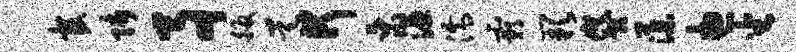
官师事皈昊何乘湿濡霸缺贷藻想坐